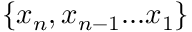
\{ x _ { n } , x _ { n - 1 } . . . x _ { 1 } \}